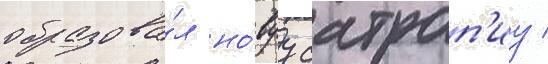
образова́л но́вуу сатрап'иу /